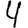
Digit: 4